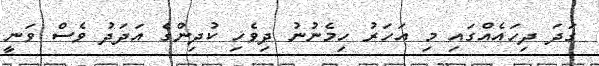
ގަދަ ދިހައެއްގައި މި އަހަރު ހިމެނުނު ދިވެހި ކުދިންގެ އަދަދު ވެސް ވަނީ